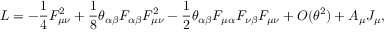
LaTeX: { \cal L } = - \frac 1 4 F _ { \mu \nu } ^ { 2 } + \frac 1 8 \theta _ { \alpha \beta } F _ { \alpha \beta } F _ { \mu \nu } ^ { 2 } - \frac 1 2 \theta _ { \alpha \beta } F _ { \mu \alpha } F _ { \nu \beta } F _ { \mu \nu } + { \cal O } ( \theta ^ { 2 } ) + A _ { \mu } J _ { \mu } ,